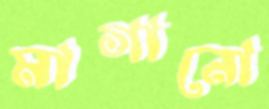
মাগানো